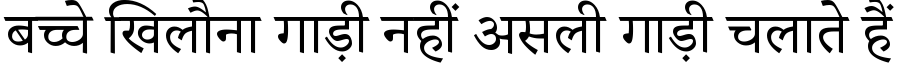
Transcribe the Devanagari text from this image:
बच्चे खिलौना गाड़ी नहीं असली गाड़ी चलाते हैं